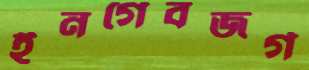
ইনগেবজর্গ